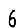
Digit: 6